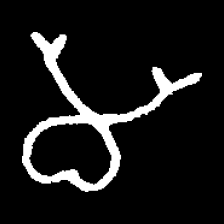
Pyu character \u2014 Myanmar letter: မ (romanized: ma)